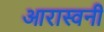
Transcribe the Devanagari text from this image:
आरास्वनी